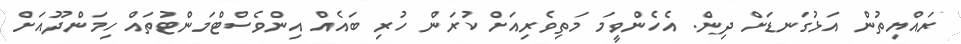
ރައްޔިތުން އަޅުގަނޑަށް ދިން. އެހެންވީމަ މަތިވެރިއަށް ކުރަން ހުރި ބައެއް އިންވެސްޓްމަންޓުތައް ހިމަންދޫއަށް